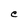
Character: e